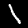
Digit: 1